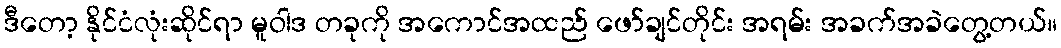
ဒီတော့ နိုင်ငံလုံးဆိုင်ရာ မူဝါဒ တခုကို အကောင်အထည် ဖော်ချင်တိုင်း အရမ်း အခက်အခဲတွေ့တယ်။